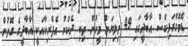
ޑެމޮގްރަފިކްސް އާބާދީގައި 49 މިލިޔަން މީހުން ތިބި ދެކުނު އެފްރިކާއަކީ އާބާދީގެ ގޮތުން